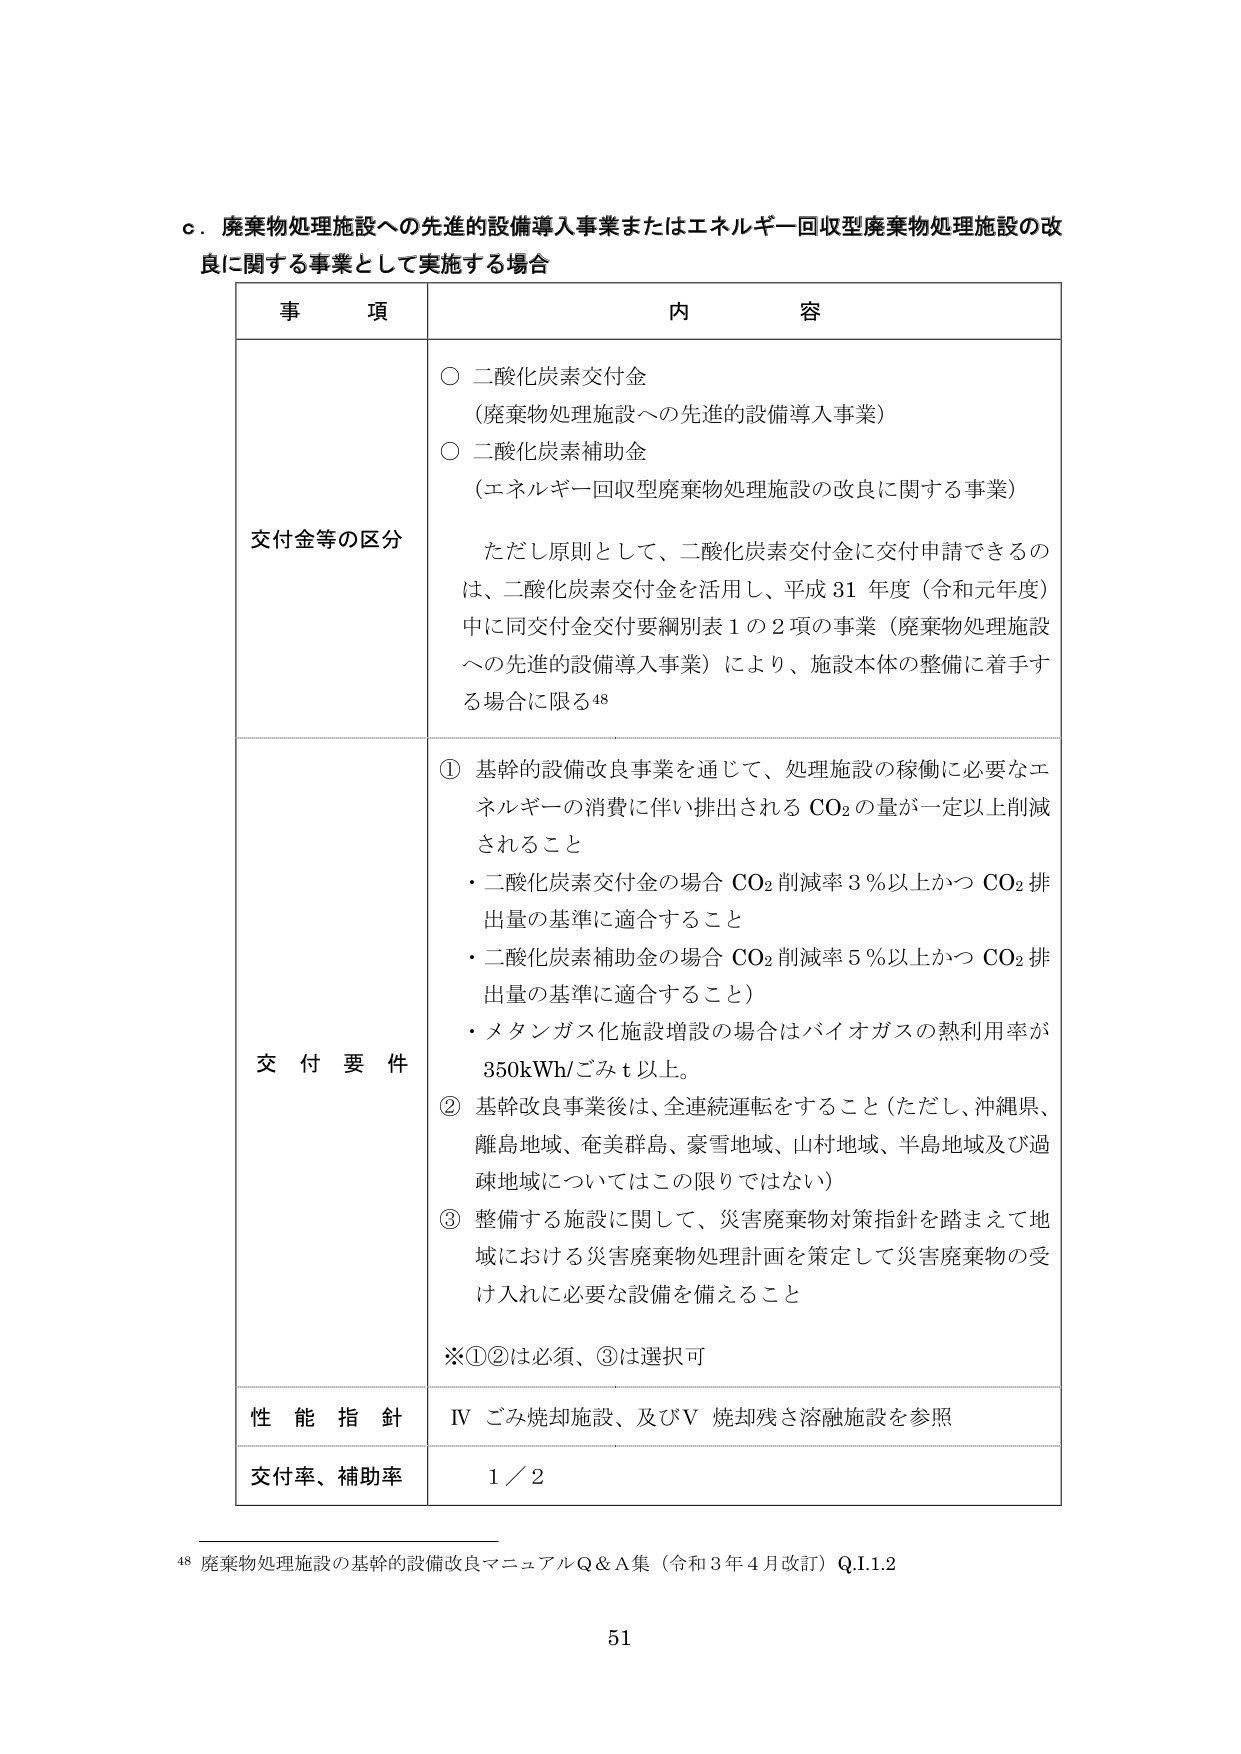
c．廃棄物処理施設への先進的設備導入事業またはエネルギー回収型廃棄物処理施設の改良に関する事業として実施する場合

事　項